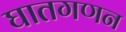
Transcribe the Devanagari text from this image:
घातगणन